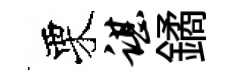
栗谌鐍